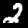
Label: 2